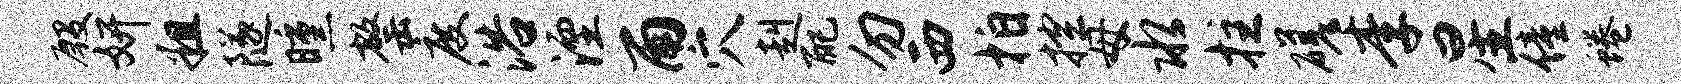
殷妍粗隧曛罄度浴湮雨穴赳配勿西拍控母水拄磋李星僮蜷